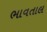
ભાવતાલ